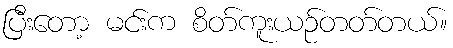
ပြီးတော့ မင်းက စိတ်ကူးယဉ်တတ်တယ်။